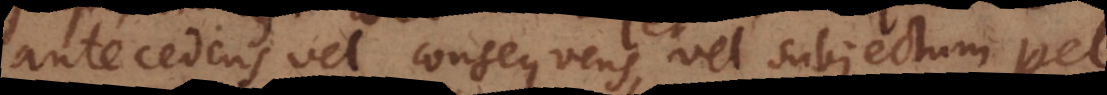
edens vel consequens, vel subjectum vel